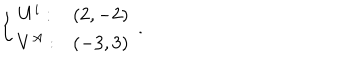
\left\{ \begin{array} { c c } { { U ^ { i } : } } & { { ( 2 , - 2 ) } } \\ { { V ^ { A } : } } & { { ( - 3 , 3 ) } } \\ \end{array} \right. \, .